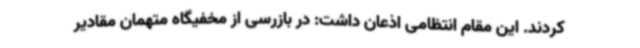
کردند. این مقام انتظامی اذعان داشت: در بازرسی از مخفیگاه متهمان مقادیر